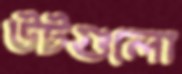
উটগুলো